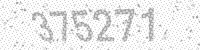
Solution: 375271